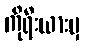
ကိုရီးယားမှ